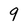
Character: 9